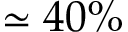
\simeq 4 0 \%